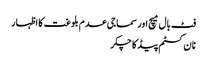
فٹ بال میچ اور سماجی عدم بلوغت کا اظہار
نا ن کسٹم پیڈ کا چکر